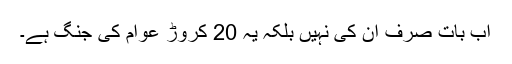
اب بات صرف ان کی نہیں بلکہ یہ 20 کروڑ عوام کی جنگ ہے۔